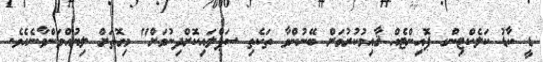
ޑީ ކާޑު ކަލެކްޓިންގ ޕޮއިންޓެއް ޤާއިމުކުރުމަށް ބޭނުންވާ ތަކެތި ސަޕްލައިކޮށްދިނުމަށް" މިގޮތަށް ލިޔުއްވަންވާނެއެވެ.